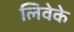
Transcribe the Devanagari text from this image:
लिवेके